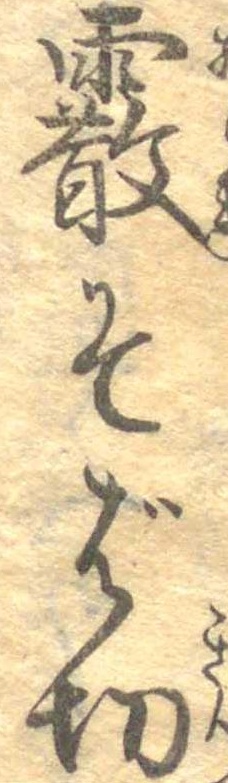
霰そば切